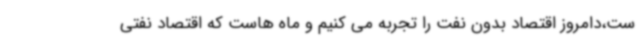
ست،دامروز اقتصاد بدون نفت را تجربه می کنیم و ماه هاست که اقتصاد نفتی